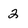
Character: 2